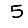
Digit: 5